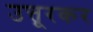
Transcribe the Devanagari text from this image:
उत्तूरकर